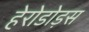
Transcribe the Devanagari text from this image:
हेरोडोड़स